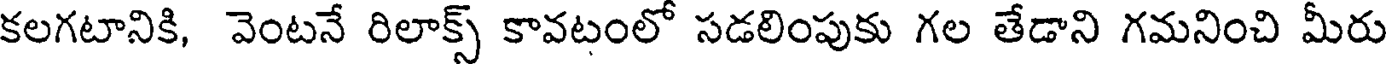
కలగటానికి, వెంటనే రిలాక్స్ కావటంలో సడలింపుకు గల తేడాని గమనించి మీరు